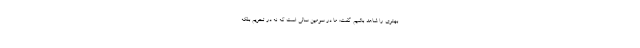
بهتری را شاهد باشیم گفت: ما در سومین سالی است که نه در تحریم بلکه